Lunatic asylums Central Provinces reports 1895-1909 - 1895-1909
Year: 1895
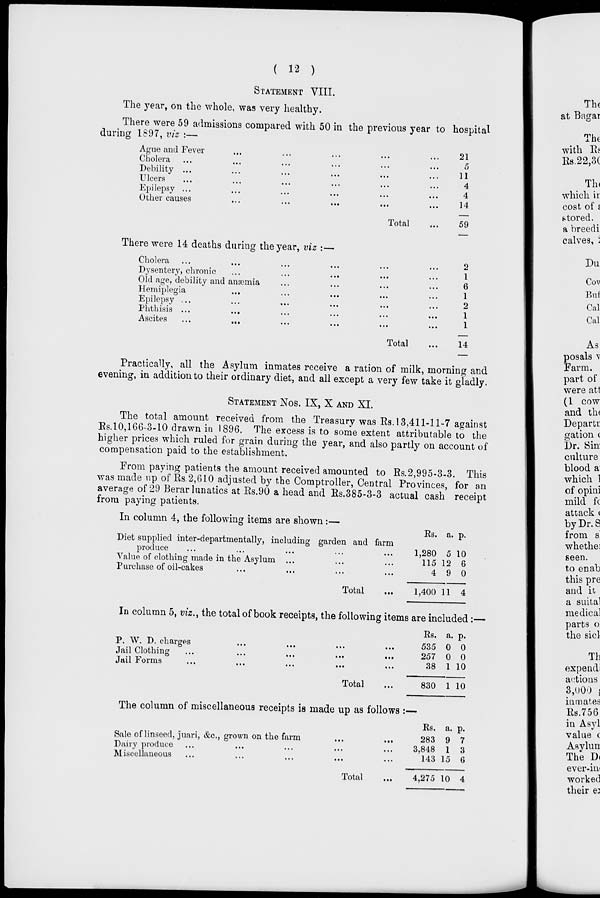
( 12 )
STATEMENT VIII.
The year, on the whole, was very healthy.
There were 59 admissions compared with 50 in the previous year to hospital
during 1897, viz :—
Ague and Fever ... ... ... ... ...
Cholera ... ... ... ... ...
Debility ... ... ... ... ...
Ulcers ... ... ... ... ...
Epilepsy ... ... ... ... ...
Other causes ... ... ... ...
Total ...
21
5
11
4
4
14
59
There were 14 deaths during the year, viz :—
Cholera ... ... ... ... ... ...
Dysentery, chronic ... ... ... ...
Old age, debility and anæmia ... ... ...
Hemiplegia ... ... ... ... ... ...
Epilepsy ... ... ... ... ... ...
Phthisis ... ... ... ... ... ...
Ascites
...
...
...
...
...
...
Total ...
2
1
6
1
2
1
1
14
Practically, all the Asylum inmates receive a ration of milk, morning and
evening, in addition to their ordinary diet, and all except a very few take it gladly.
STATEMENT NOS. IX, X AND XI.
The total amount received from the Treasury was Rs. 13,411-11-7 against
Rs.10,166-3-10 drawn in 1896. The excess is to some extent attributable to the
higher prices which ruled for grain during the year, and also partly on account of
compensation paid to the establishment.
From paying patients the amount received amounted to Rs.2,995-3-3. This
was made up of Rs.2,610 adjusted by the Comptroller, Central Provinces, for an
average of 29 Berar lunatics at Rs.90 a head and Rs.385-3-3 actual cash receipt
from paying patients.
In column 4, the following items are shown:—
Diet supplied inter-departmentally, including garden and farm
produce ... ... ... ... ...
Value of clothing made in the Asylum ... ... ...
Purchase of oil-cakes ... ... ... ...
Total ...
Rs.
1,280
115
4
1,400
a.
5
12
9
11
p.
10
6
0
4
In column 5, viz., the total of book receipts, the following items are included :—
P. W. D. charges ... ... ... ...
Jail Clothing ... ... ... ...
Jail Forms
...
...
...
...
Total ...
Rs.
535
257
38
830
a.
0
0
1
1
p.
0
0
10
10
The column of miscellaneous receipts is made up as follows :—
Sale of linseed, juari, &c., grown on the farm
...
...
Dairy produce
...
...
...
...
...
Miscellaneous ... ... ... ... ...
Total ...
Rs.
283
3,848
143
4,275
a.
9
1
15
10
p.
7
3
6
4